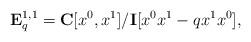
LaTeX: \begin{align*}{\bf E}^{1,1}_q={\bf C}[x^0,x^1]/{\bf I}[x^0x^1-qx^1x^0], \end{align*}